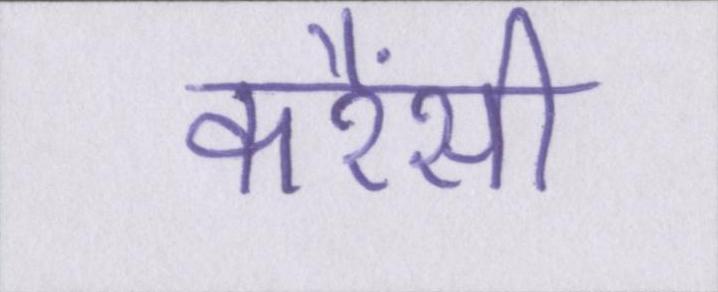
करैंसी